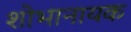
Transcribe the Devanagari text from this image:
शोभानायक